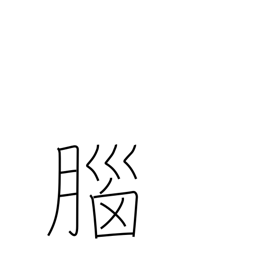
Meaning: memory